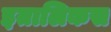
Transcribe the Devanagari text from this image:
इतालिकस